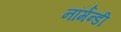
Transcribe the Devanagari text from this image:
नॉर्मन्डी